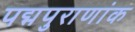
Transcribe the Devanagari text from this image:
पद्मपुराणांक